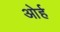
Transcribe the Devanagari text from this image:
ओर्ह